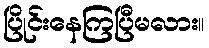
ပြိုင်းနေကြပြီမလား။